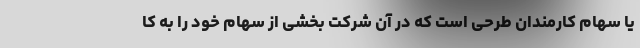
یا سهام کارمندان طرحی است که در آن شرکت بخشی از سهام خود را به کا